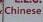
chinese